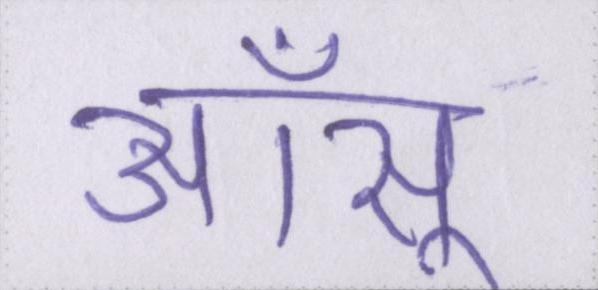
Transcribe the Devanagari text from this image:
आँसू